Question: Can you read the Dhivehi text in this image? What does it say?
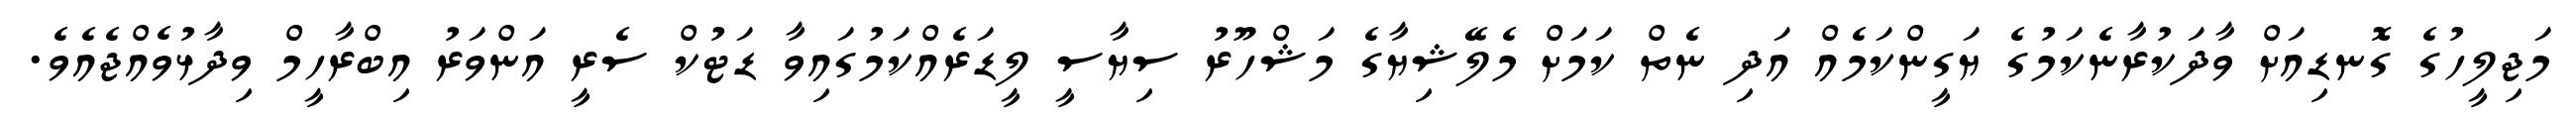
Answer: މަޖިލީހުގެ ގޮނޑިއަށް ވާދަކުރާނެކަމުގެ ޔަގީންކަމެއް އަދި ނެތް ކަމަށް މެލޭޝިޔާގެ މަޝްހޫރު ސިޔާސީ ލީޑަރެއްކަމުގައިވާ ޑަޓުކް ސެރީ އަންވަރު އިބްރާހީމް ވިދާޅުވެއްޖެއެވެ.